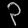
Digit: ၃